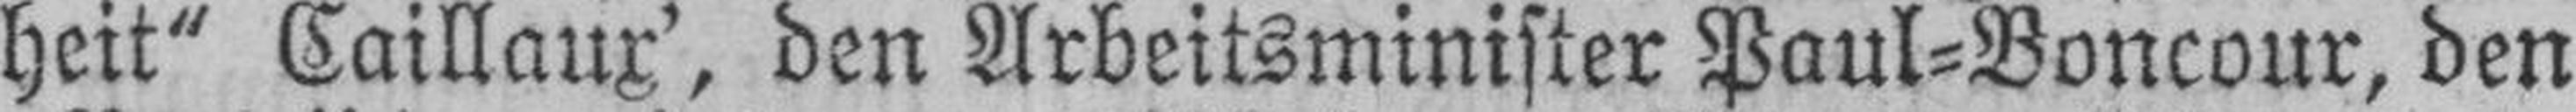
heit“ Caillaux', den Arbeitsminister Paul-Boncour, den